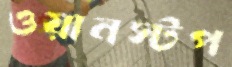
ওয়ানস্টপ